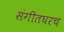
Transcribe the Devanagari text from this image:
संगीतघरच